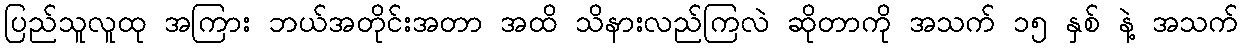
ပြည်သူလူထု အကြား ဘယ်အတိုင်းအတာ အထိ သိနားလည်ကြလဲ ဆိုတာကို အသက် ၁၅ နှစ် နဲ့ အသက်